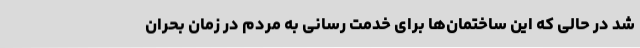
شد در حالی که این ساختمان‌ها برای خدمت رسانی به مردم در زمان بحران